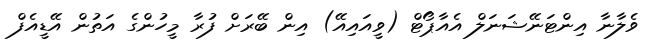
ވެލާނާ އިންޓަނޭޝަނަލް އެއާޕޯޓް (ވީއައިއޭ) އިން ބޭރަށް ފުރާ މީހުންގެ އަތުން އޭޑީއެފް